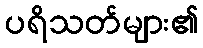
ပရိသတ်များ၏